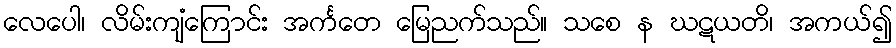
လေပေါ၊ လိမ်းကျံကြောင်း အင်္ကတေ မြေညက်သည်။ သစေ န ဃဋယတိ၊ အကယ်၍